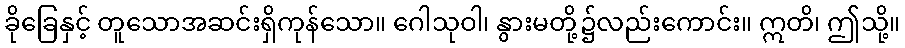
ခိုခြေနှင့် တူသောအဆင်းရှိကုန်သော။ ဂေါသုဝါ၊ နွားမတို့၌လည်းကောင်း။ ဣတိ၊ ဤသို့။